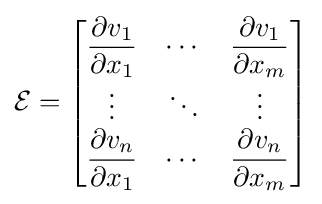
{\mathcal {E}}={\begin{bmatrix}{\dfrac {\partial v_{1}}{\partial x_{1}}}&\cdots &{\dfrac {\partial v_{1}}{\partial x_{m}}}\\\vdots &\ddots &\vdots \\{\dfrac {\partial v_{n}}{\partial x_{1}}}&\cdots &{\dfrac {\partial v_{n}}{\partial x_{m}}}\end{bmatrix}}